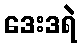
ဒေးဒရဲ